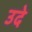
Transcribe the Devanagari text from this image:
उदे